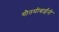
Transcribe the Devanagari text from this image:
गौतमीबाईंनी